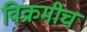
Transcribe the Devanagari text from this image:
विक्रमीच